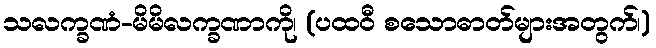
သလက္ခဏံ-မိမိလက္ခဏာကို၊ (ပထဝီ စသောဓာတ်များအတွက်၊)